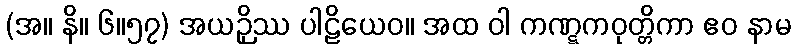
(အ။ နိ။ ၆။၅၇) အယဉှိဿ ပါဠိယေဝ။ အထ ဝါ ကဏ္ဋကဝုတ္တိကာ ဧဝ နာမ